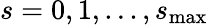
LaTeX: s=0,1,...,s_{\mathrm{max}}